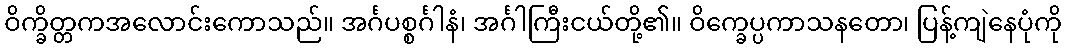
ဝိက္ခိတ္တကအလောင်းကောသည်။ အင်္ဂပစ္စင်္ဂါနံ၊ အင်္ဂါကြီးငယ်တို့၏။ ဝိက္ခေပ္ပကာသနတော၊ ပြန့်ကျဲနေပုံကို